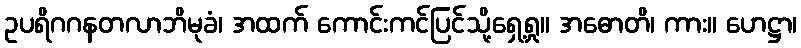
ဥပရိဂဂနတလာဘိမုခံ၊ အထက် ကောင်းကင်ပြင်သို့ရှေ့ရှု။ အဓောတိ၊ ကား။ ဟေဋ္ဌာ၊